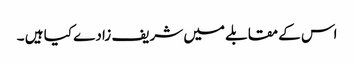
اس کے مقابلے میں شریف زادے کیا ہیں ۔